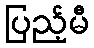
ပြည့်မီ